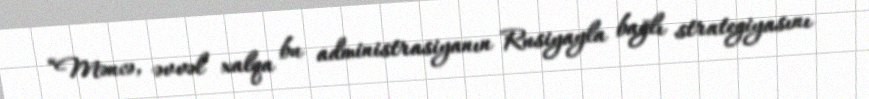
“Məncə, əvvəl xalqa bu administrasiyanın Rusiyayla bağlı strategiyasını